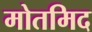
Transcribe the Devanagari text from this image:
मोतमिद